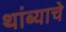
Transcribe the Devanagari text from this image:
थांब्याचे